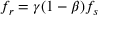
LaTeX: f _ { r } = \gamma ( 1 - \beta ) f _ { s }